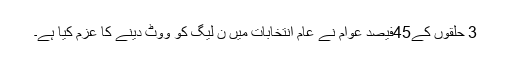
3 حلقوں کے45فیصد عوام نے عام انتخابات میں ن لیگ کو ووٹ دینے کا عزم کیا ہے۔